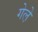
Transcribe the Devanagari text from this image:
गेले़